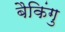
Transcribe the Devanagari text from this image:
बैकिंगु